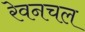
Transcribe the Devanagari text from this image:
रेवनचल